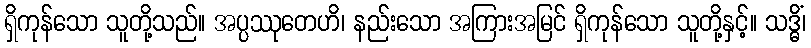
ရှိကုန်သော သူတို့သည်။ အပ္ပဿုတေဟိ၊ နည်းသော အကြားအမြင် ရှိကုန်သော သူတို့နှင့်။ သဒ္ဓိံ၊